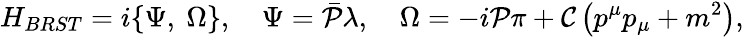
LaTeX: {H}_{BRST}=i\{ {\Psi},\ {\Omega}\} ,\quad{\Psi}={{\bar{\cal P}}}{\lambda},\quad{\Omega}=-i{{\cal P}}{\pi}+{{\cal C}}\left(p^{\mu}p_{\mu}+m^{2}\right),